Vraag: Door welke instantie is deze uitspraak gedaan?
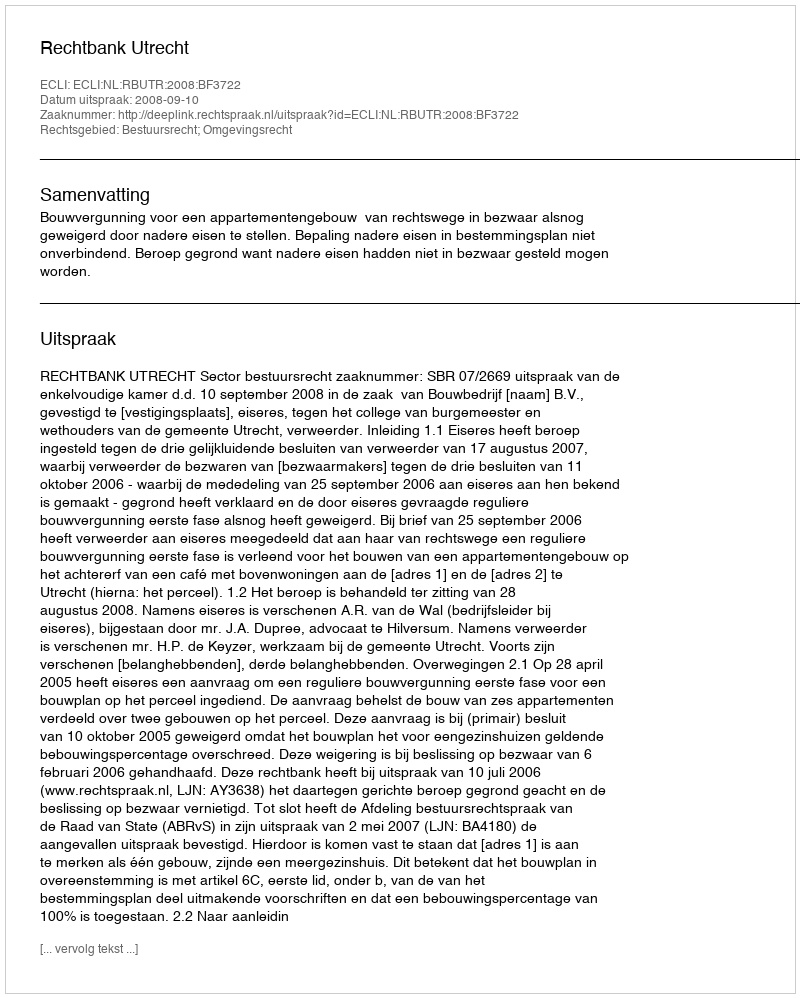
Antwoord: Rechtbank Utrecht